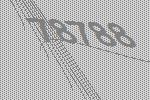
78788